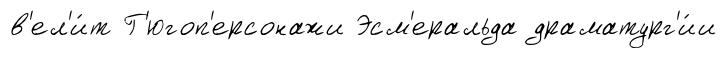
в'ел'и́т Г'югоп'ерсонажи Эсм'еральда драматург'и́и